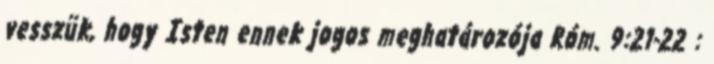
vesszük, hogy Isten ennek jogos meghatározója Róm. 9:21-22 :